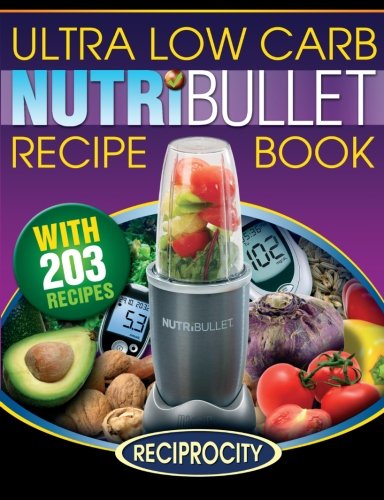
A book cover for NutriBullet Ultra Low Carb Recipe Book: 203 Ultra Low Carb Diabetic Friendly NutriBlast and Smoothie Recipes; Marco Black; Cookbooks, Food & Wine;